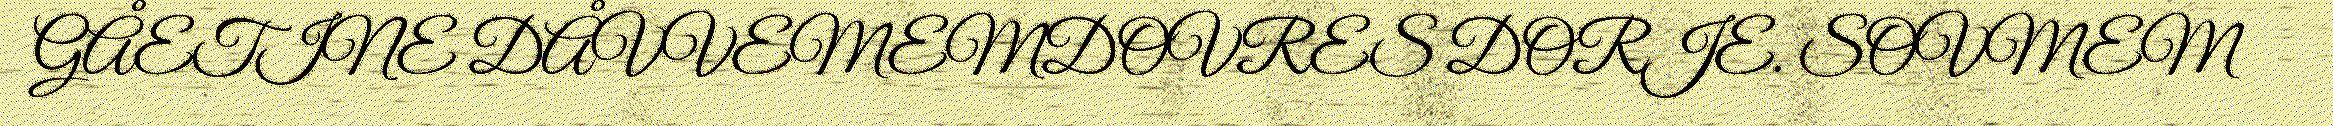
GÅETINE DÅVVEMEMDOVRES DORJE. SOVMEM